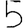
Digit: 5